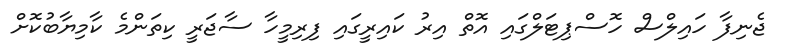
ޖެނިފާ ހައިލްސް ހޮސްޕިޓަލްގައި އޮތް އިރު ކައިރީގައި ފިރިމީހާ ސާޖަރީ ކިތަންމެ ކާމިޔާބުކޮށް